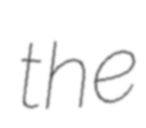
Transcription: the